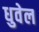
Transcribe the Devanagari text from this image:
धुवेल